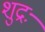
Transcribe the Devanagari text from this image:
शुद्रः